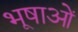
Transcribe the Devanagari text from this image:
भूषाओं